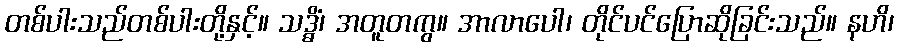
တစ်ပါးသည်တစ်ပါးတို့နှင့်။ သဒ္ဓိံ၊ အတူတကွ။ အာလာပေါ၊ တိုင်ပင်ပြောဆိုခြင်းသည်။ နဟိ၊